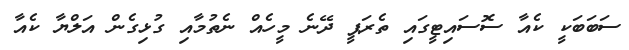
ސަބަބަކީ ކެއާ ސޮސައިޓީގައި ތެރަޕީ ދޭނެ މީހެއް ނެތުމާއި ގުޅިގެން އަލްޔާ ކެއާ